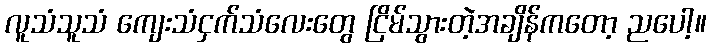
လူသံသူသံ ကျေးသံငှက်သံလေးတွေ ငြိမ်သွားတဲ့အချိန်ကတော့ ညပေါ့။